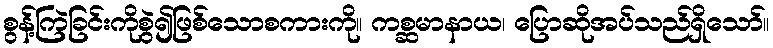
စွန့်ကြဲခြင်းကိုစွဲ၍ဖြစ်သောစကားကို။ ကစ္ဆမာနာယ၊ ပြောဆိုအပ်သည်ရှိသော်။